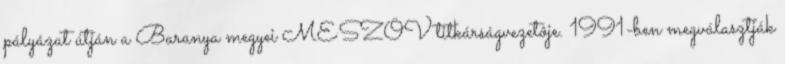
pályázat útján a Baranya megyei MESZÖV titkárságvezetôje. 1991-ben megválasztják